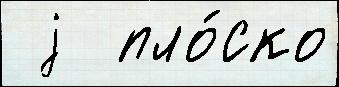
 j  пло́ско